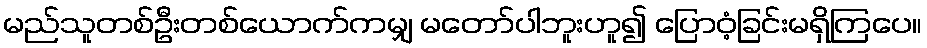
မည်သူတစ်ဦးတစ်ယောက်ကမျှ မတော်ပါဘူးဟူ၍ ပြောဝံ့ခြင်းမရှိကြပေ။